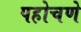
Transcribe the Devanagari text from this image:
पहोचणे